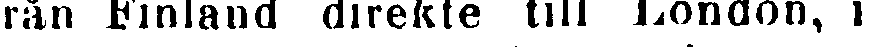
från Finland direkte till London, i